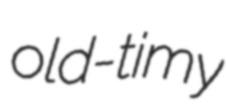
old-timy